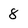
Character: 8